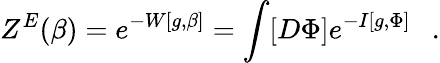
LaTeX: Z^{E}(\beta)=e^{-W[g,\beta]}=\int[D\Phi]e^{-I[g,\Phi]}~~~.